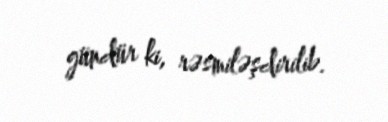
gündür ki, rəsmiləşdirilib.